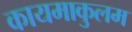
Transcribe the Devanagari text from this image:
कायमाकुलम